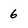
Character: 6